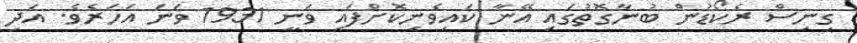
ގިނިސް ރެކޯޑުން ބުނާގޮތުގައި އޭނާ ކައިވެނިކޮށްފައި ވަނީ 1931 ވަނަ އަހަރެވެ. އަދި